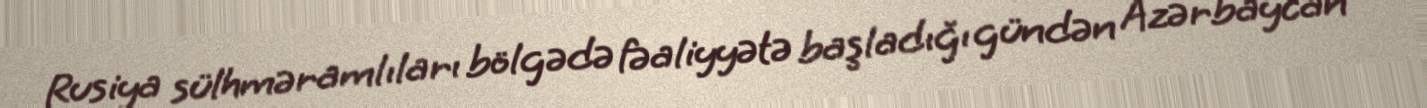
Rusiya sülhməramlıları bölgədə fəaliyyətə başladığı gündən Azərbaycan